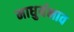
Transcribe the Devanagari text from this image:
माधुर्यभाव